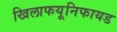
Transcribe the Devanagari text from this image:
खिलाफयूनिफायड